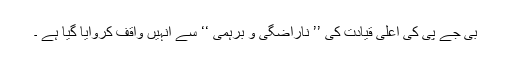
بی جے پی کی اعلیٰ قیادت کی ’’ ناراضگی و برہمی ‘‘ سے انہیں واقف کروایا گیا ہے ۔